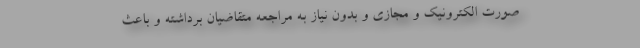
صورت الکترونیک و مجازی و بدون نیاز به مراجعه متقاضیان برداشته و باعث